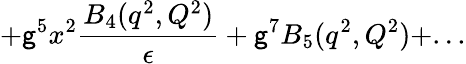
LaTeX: +\mathsf{g}^{5}x^{2}{\frac{{B_{4}(q^{2},Q^{2})}}{{\epsilon}}}+\mathsf{g}^{7}B_{5}(q^{2},Q^{2})+...